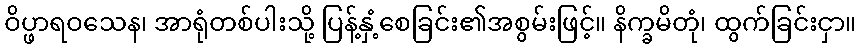
ဝိပ္ဖာရဝသေန၊ အာရုံတစ်ပါးသို့ ပြန့်နှံ့စေခြင်း၏အစွမ်းဖြင့်။ နိက္ခမိတုံ၊ ထွက်ခြင်းငှာ။